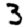
Digit: 3